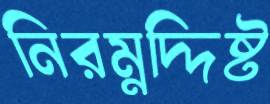
নিরম্নদ্দিষ্ট